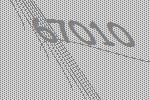
67010